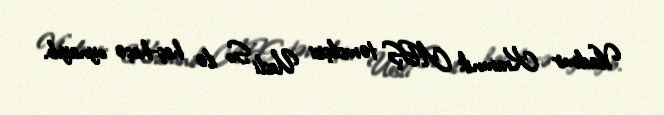
Vladimir Kramnik ABŞ təmsilçisi Uesli So ilə heç-heçə oynayıb.